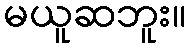
မယူဆဘူး။